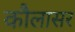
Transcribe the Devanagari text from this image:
कौलासर